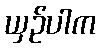
ယှဉ်ပါက